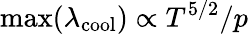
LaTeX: \operatorname*{max}(\lambda_{\mathrm{cool}})\propto T^{5/2}/p